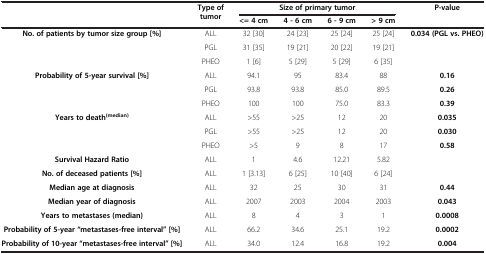
<table><thead><tr><td rowspan="2"><b> </b></td><td rowspan="2"><b>Type of tumor</b></td><td colspan="4"><b>Size of primary tumor</b></td><td rowspan="2"><b>P-value</b></td></tr><tr><td><b>&lt;= 4 cm</b></td><td><b>4 - 6 cm</b></td><td><b>6 - 9 cm</b></td><td><b>&gt; 9 cm</b></td></tr></thead><tbody><tr><td rowspan="3"><b>No. of patients by tumor size group [%]</b></td><td>ALL</td><td>32 [30]</td><td>24 [23]</td><td>25 [24]</td><td>25 [24]</td><td rowspan="3"><b>0.034 (PGL vs. PHEO)</b></td></tr><tr><td>PGL</td><td>31 [35]</td><td>19 [21]</td><td>20 [22]</td><td>19 [21]</td></tr><tr><td>PHEO</td><td>1 [6]</td><td>5 [29]</td><td>5 [29]</td><td>6 [35]</td></tr><tr><td rowspan="3"><b>Probability of 5-year survival [%]</b></td><td>ALL</td><td>94.1</td><td>95</td><td>83.4</td><td>88</td><td><b>0.16</b></td></tr><tr><td>PGL</td><td>93.8</td><td>93.8</td><td>85.0</td><td>89.5</td><td><b>0.26</b></td></tr><tr><td>PHEO</td><td>100</td><td>100</td><td>75.0</td><td>83.3</td><td><b>0.39</b></td></tr><tr><td rowspan="3"><b>Years to death</b><sup><b>(median)</b></sup></td><td>ALL</td><td>&gt;55</td><td>&gt;25</td><td>12</td><td>20</td><td><b>0.035</b></td></tr><tr><td>PGL</td><td>&gt;55</td><td>&gt;25</td><td>12</td><td>20</td><td><b>0.030</b></td></tr><tr><td>PHEO</td><td>&gt;5</td><td>9</td><td>8</td><td>17</td><td><b>0.58</b></td></tr><tr><td><b>Survival Hazard Ratio</b></td><td>ALL</td><td>1</td><td>4.6</td><td>12.21</td><td>5.82</td><td> </td></tr><tr><td><b>No. of deceased patients [%]</b></td><td>ALL</td><td>1 [3.13]</td><td>6 [25]</td><td>10 [40]</td><td>6 [24]</td><td> </td></tr><tr><td><b>Median age at diagnosis</b></td><td>ALL</td><td>32</td><td>25</td><td>30</td><td>31</td><td><b>0.44</b></td></tr><tr><td><b>Median year of diagnosis</b></td><td>ALL</td><td>2007</td><td>2003</td><td>2004</td><td>2003</td><td><b>0.043</b></td></tr><tr><td><b>Years to metastases (median)</b></td><td>ALL</td><td>8</td><td>4</td><td>3</td><td>1</td><td><b>0.0008</b></td></tr><tr><td><b>Probability of 5-year “metastases-free interval” [%]</b></td><td>ALL</td><td>66.2</td><td>34.6</td><td>25.1</td><td>19.2</td><td><b>0.0002</b></td></tr><tr><td><b>Probability of 10-year “metastases-free interval” [%]</b></td><td>ALL</td><td>34.0</td><td>12.4</td><td>16.8</td><td>19.2</td><td><b>0.004</b></td></tr></tbody></table>